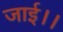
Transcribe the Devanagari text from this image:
जाई।।